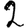
Digit: 2